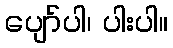
ပျော်ပါ၊ ပါးပါ။